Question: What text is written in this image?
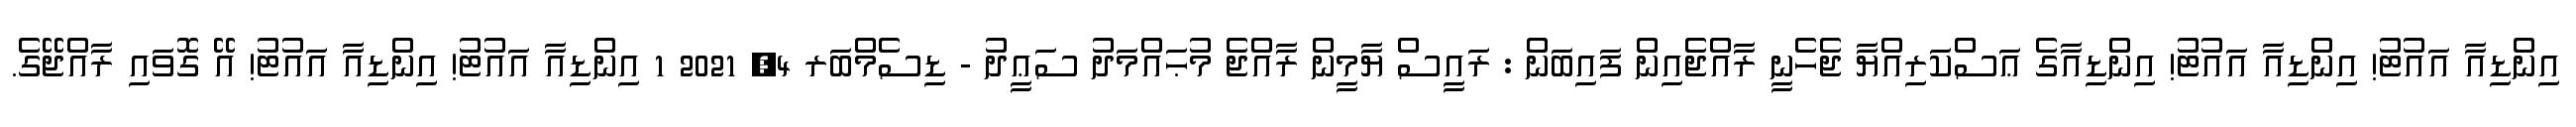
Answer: އިންޑިއާ އައުޓު! އިންޑިއާ އައުޓު! އިންޑިއާގެ ޢަސްކަރިއްޔާ ޖެހެނީ ރާއްޖެއިން ފައިބަން : ރައީސް ޔާމީން ރާއްޖެ މުޙައްމަދު ސަޢީދު - ޑިސެމްބަރ 4, 2021 1 އިންޑިއާ އައުޓު! އިންޑިއާ އައުޓު! އޭ ގޮވައި ރާއްޖޭގެ.